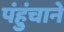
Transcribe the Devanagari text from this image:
पंहुंचाने